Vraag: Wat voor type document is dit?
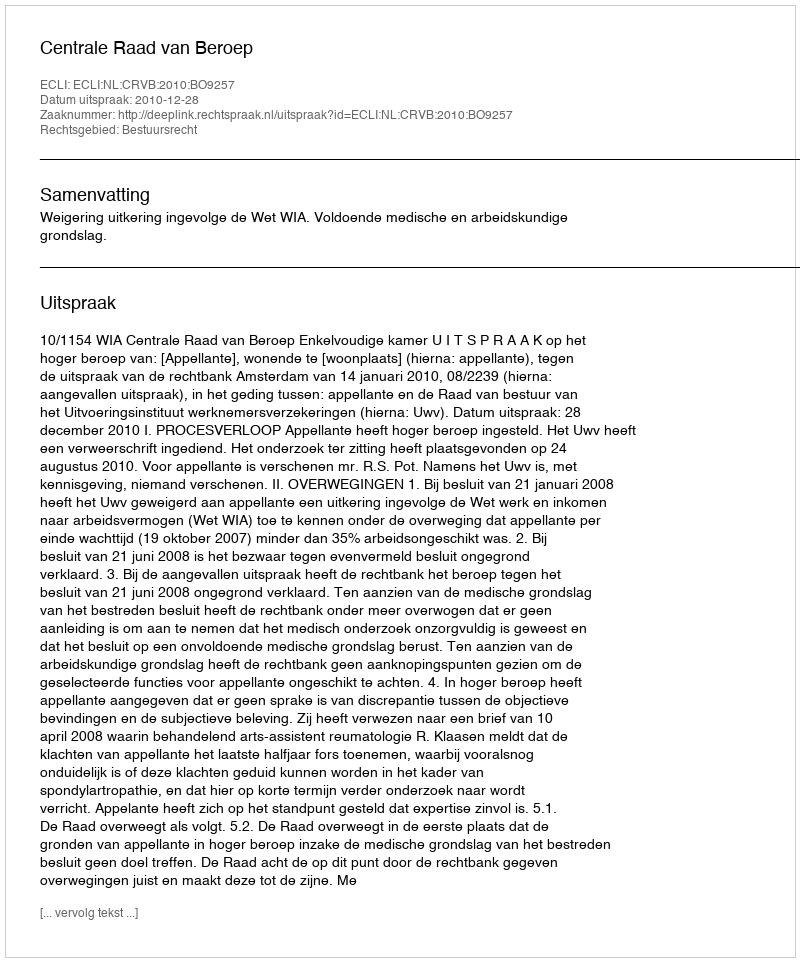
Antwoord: Uitspraak